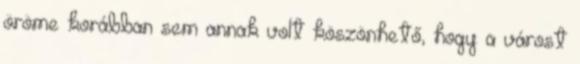
öröme korábban sem annak volt köszönhető, hogy a várost